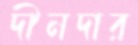
দীনদার